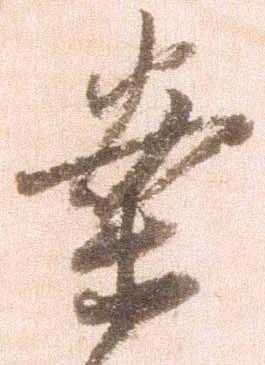
案